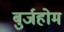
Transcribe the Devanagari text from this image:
बुर्जहोम